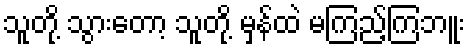
သူတို့ သွားတော့ သူတို့ မှန်ထဲ မကြည့်ကြဘူး